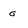
Character: g